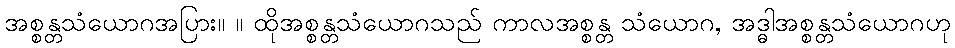
အစ္စန္တသံယောဂအပြား။ ။ ထိုအစ္စန္တသံယောဂသည် ကာလအစ္စန္တ သံယောဂ, အဒ္ဓါအစ္စန္တသံယောဂဟု